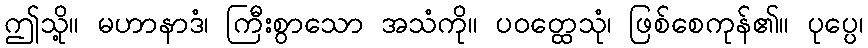
ဤသို့။ မဟာနာဒံ၊ ကြီးစွာသော အသံကို။ ပဝတ္ထေသုံ၊ ဖြစ်စေကုန်၏။ ပုပ္ပေ၊